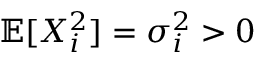
\mathbb { E } [ X _ { i } ^ { 2 } ] = \sigma _ { i } ^ { 2 } > 0